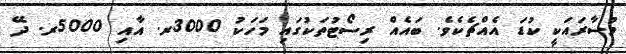
މުސާރައަކީ ކުޑަ އެއްޗެކެވެ. ބައެއް ރިސޯޓުތަކުގައި މަހަކު 3000ރ. އާއި 5000ރ. ދޭ